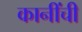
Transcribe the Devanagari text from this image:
कानींची